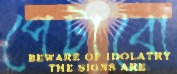
পেটাবো